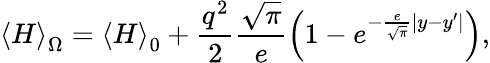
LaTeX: \left\langle H\right\rangle_{\Omega}=\left\langle H\right\rangle_{0}+\frac{{q^{2}}}{2}\frac{{\sqrt\pi}}{e}\left({1-e^{-\frac{e}{{\sqrt\pi}}|y-y^{\prime}|}}\right),